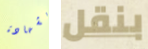
بشهادة بنقل